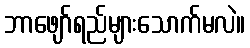
ဘာဖျော်ရည်များသောက်မလဲ။